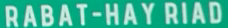
RABAT-HAY RIAD